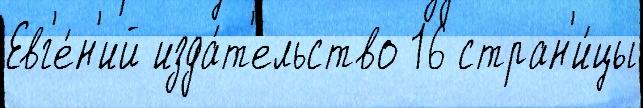
Евг'е́н'ий изда́т'ельство 16 стран'и́цы